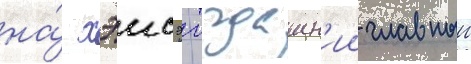
на́ хэисэи тогдашн'ии главныи